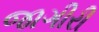
જાગીરી